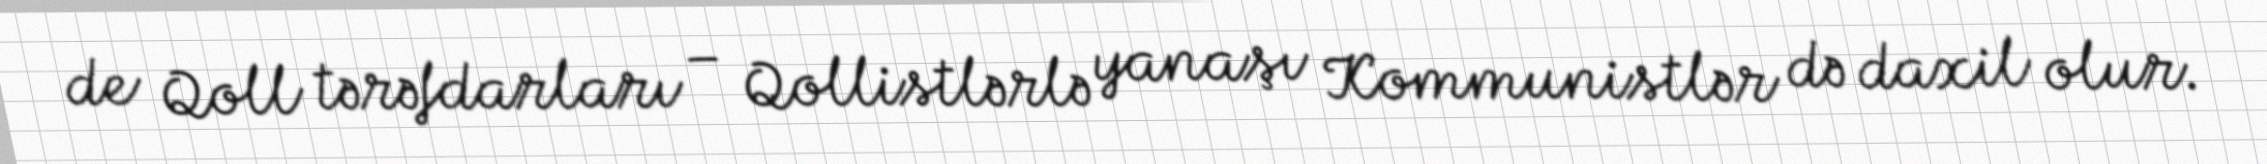
de Qoll tərəfdarları – Qollistlərlə yanaşı Kommunistlər də daxil olur.